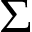
\Sigma